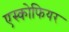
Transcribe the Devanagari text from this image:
एस्कोफियर